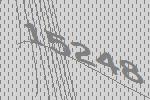
15248